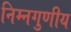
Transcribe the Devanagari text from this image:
निम्नगुणीय